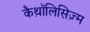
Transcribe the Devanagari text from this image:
कैथ़ॉलिसिज़्म